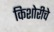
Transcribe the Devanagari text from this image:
किशोरीचे